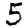
Digit: 5